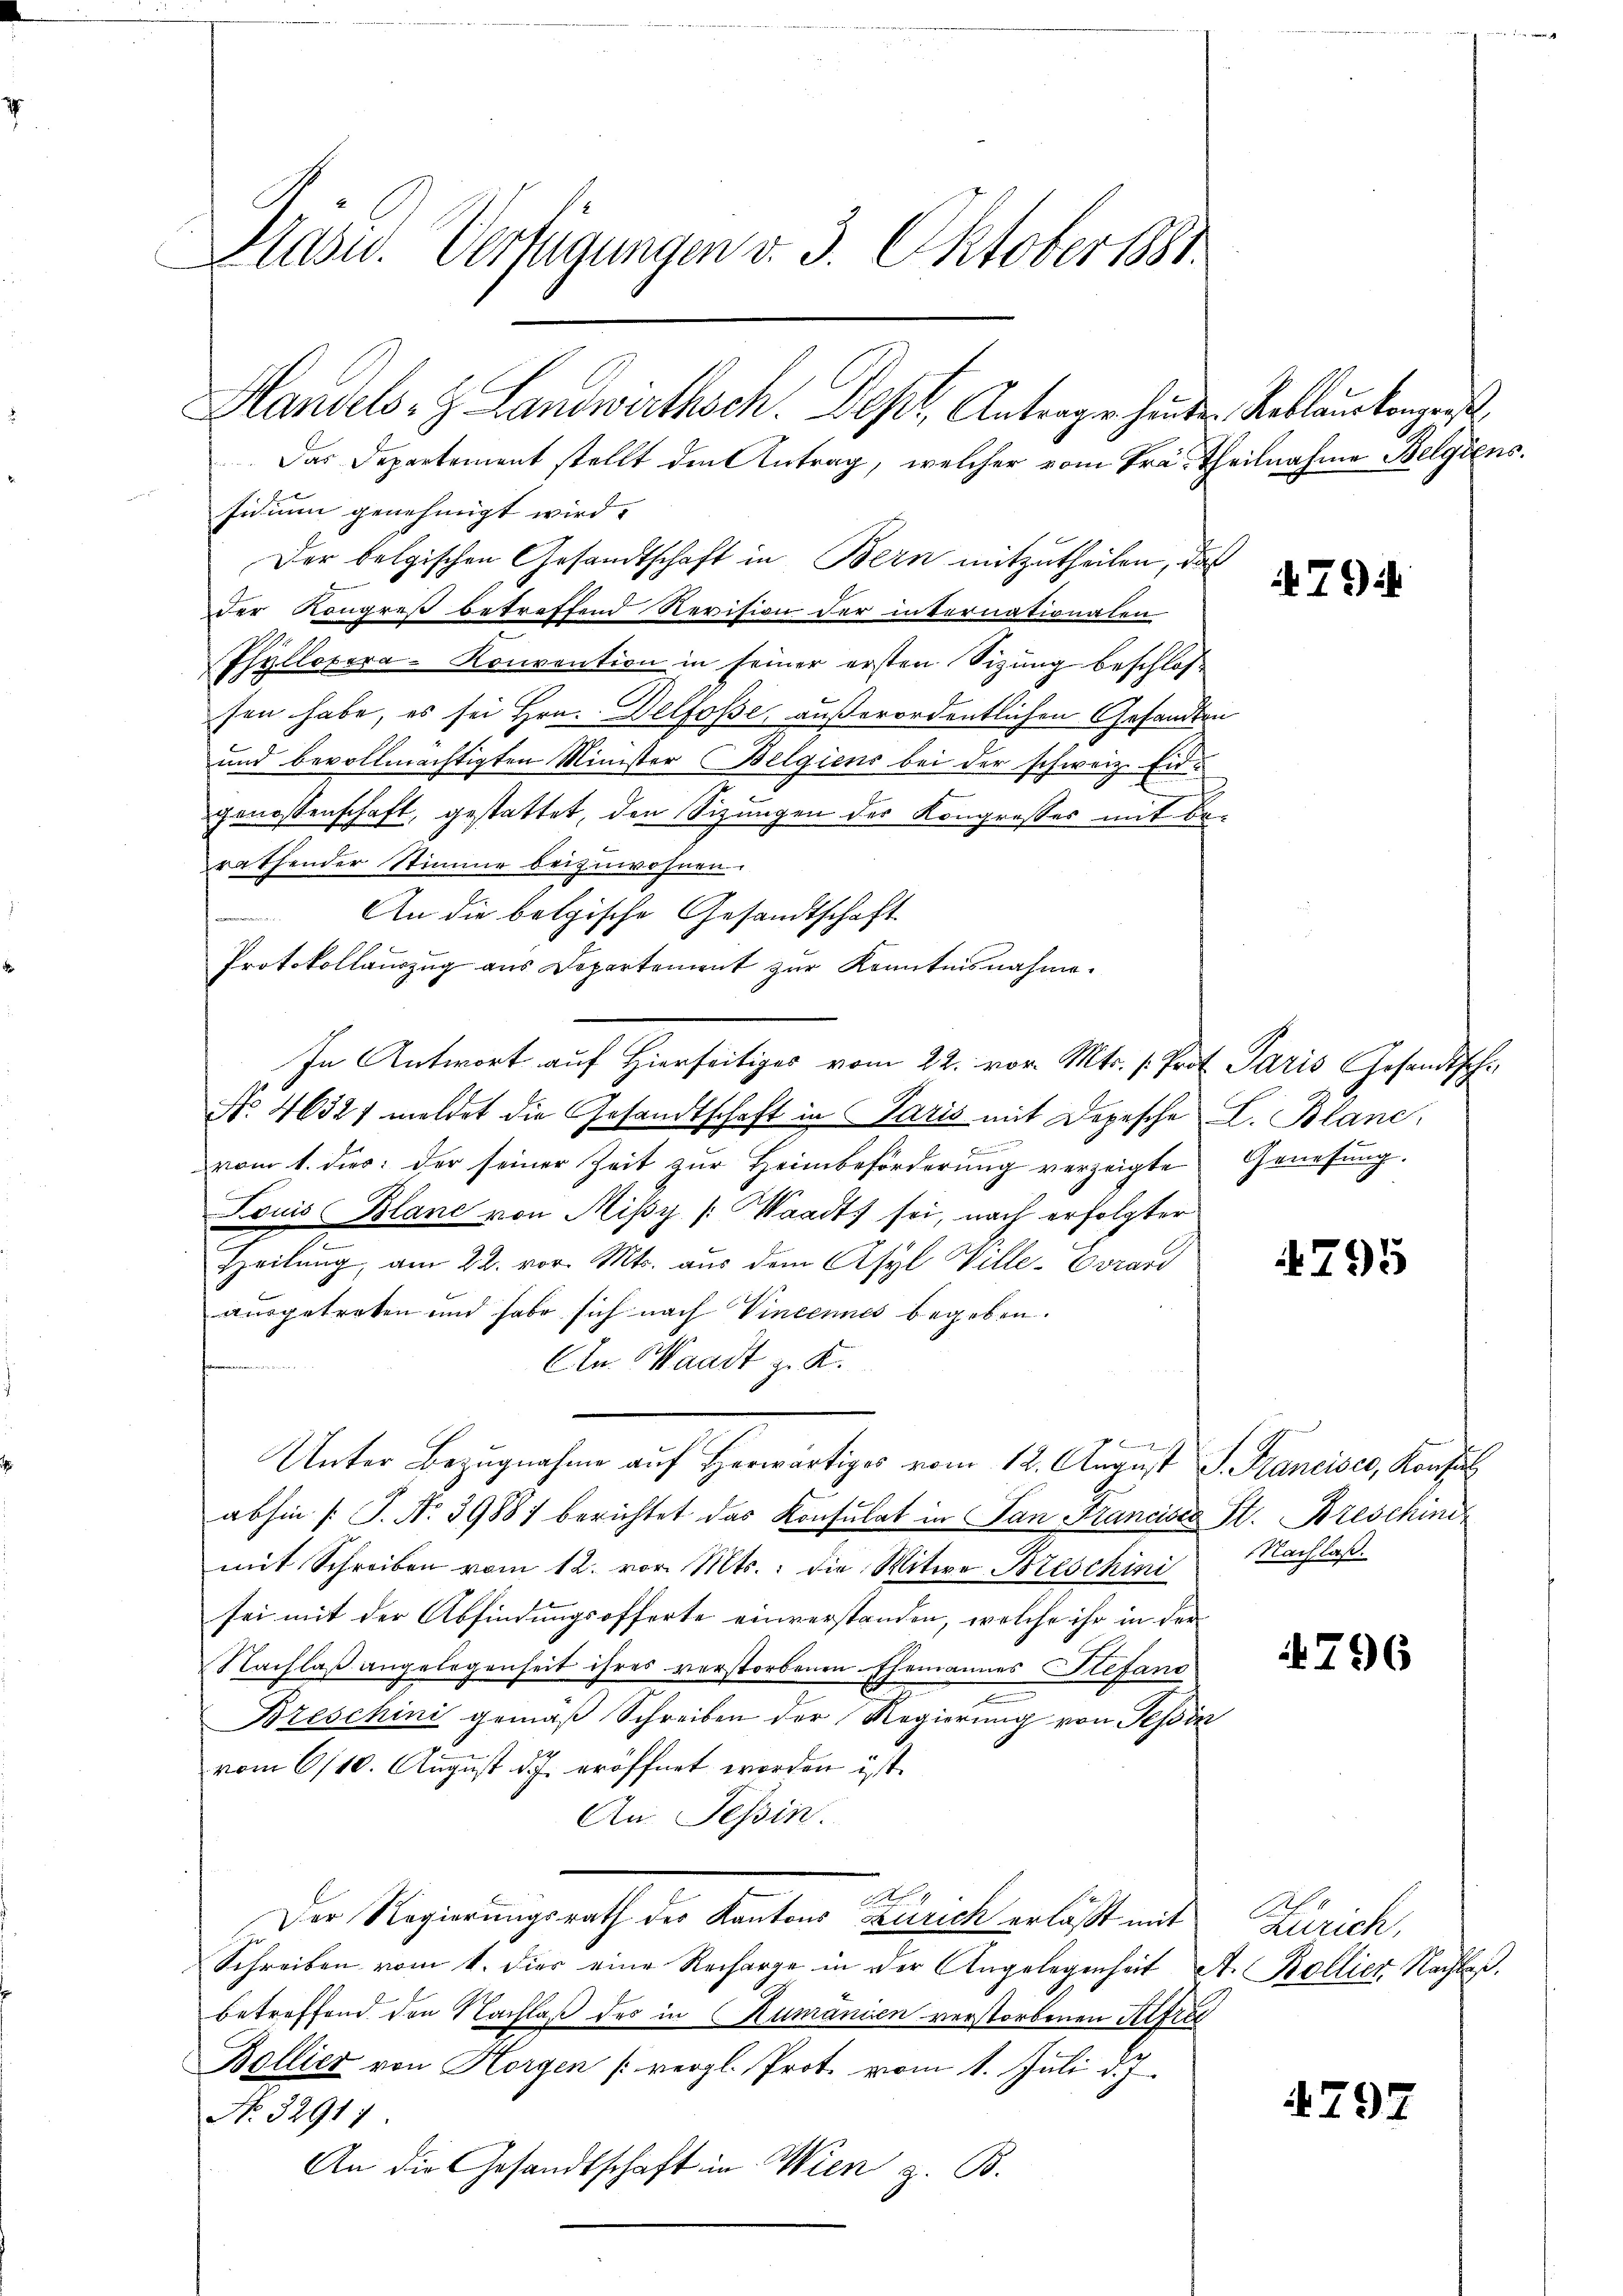
Hasw. Verfügungen v. 3. Oktober 1881.

Das Departement stellt den Antrag, welcher vom Prä- Theilnahme Belgiens.
sidium genehmigt wird.
Der belgischen Gesandtschaft in Bern mitzutheilen, da
Der Kongreß betreffend Revision der internationalen
Phyllopora-Konvention in seiner ersten Sizung beschlos
sen habe, es sei Hrn. Delfosse, außerordentlichen Gesandts
und bevollmächtigten Minister Belgiens bei der schweiz. Eid¬
u
genossenschaft, gestattet, den Sizungen des Kongresses mit Berathender Stimme beizuwohnen.
An die belgische Gesandtschaft
Protokollauszug aus Departement zŭr Kenntnisnahme.
In Antwort auf Hierseitiges vom 22. vor. Mts. s. Prof. Paris Gesandtsch¬
No 4652/ meldet die Gesandtschaft in Paris mit Depesche L. Blanc
vom 1. dies: der seiner Zeit zur Heimbeförderung verzeigte Genesung.
Louis Blanc von Missy (Waadt sei, nach erfolgter
Heilung, am 22. vor. Mts. aus dem Asyl Wille-Evrard
ausgetreten und habe sich nach Vincennes begeben.
Cn Waadt z. K.
,
Unter Bezugnahme auf Herwärtiges vom 12. August S. Franciser, Konsul
abhin /: J. No. 39881 berichtet das Konsulat in San Franciser St. Breschind
mit Schreiben vom 12. vor. Mts.: die Witwe Beschini
sei mit der Abfindungsofferte einverstanden, welche ihr in der
Nachlaß angelegenheit ihres verstorbenen Ehemannes Stefand
Breschini gemäß Schreiben der Regierung von Tessin
vom 6/10. August d. J. eröffnet worden ist.
An Tessin.
Alter
Der Regierungsrath des Kantons Zürich erlässt mit
Schreiben vom 1. dies eine Recharge in der Angelegenheit A. Bollier Nachlaßbetreffend den Nachlaß des in Rumanien verstorbenen Alfred
Bollier von Horgen (vergl. Prot. vom 1. Juli d. J.
No. 32911.
An die Gesandtschaft in Wien z. B.

Handels- & Landwirthsch. Depl, Antragen hinder Reblanckengeist

b

79

795

Nachlaß.

4796

Zürich,

4797